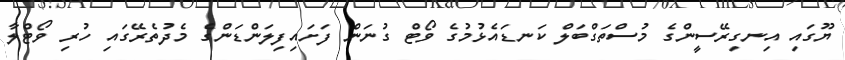
ޔޫގައި އިނގިރޭސީންގެ މުސްތަގްބަލް ކަނޑައެޅުމުގެ ވޯޓް ގުނަން ފަށައިފިލަންޑަންގެ މެދުތެރޭގައި ހުރި ވޯޓްލާ